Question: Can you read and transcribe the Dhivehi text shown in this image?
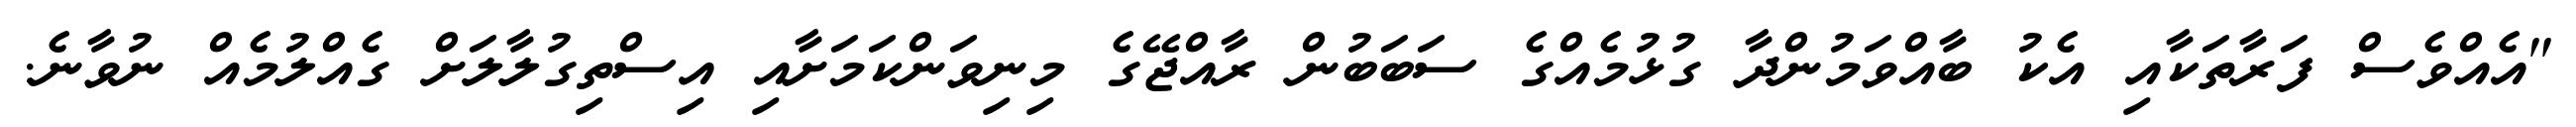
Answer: "އެއްވެސް ފަރާތަކާއި އެކު ބާއްވަމުންދާ ގުޅުމެއްގެ ސަބަބުން ރާއްޖޭގެ މިނިވަންކަމަށާއި އިސްތިގުލާލަށް ގެއްލުމެއް ނުވާނެ.